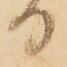
日